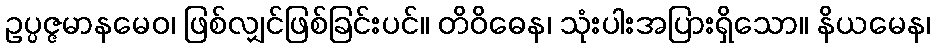
ဥပ္ပဇ္ဇမာနမေဝ၊ ဖြစ်လျှင်ဖြစ်ခြင်းပင်။ တိဝိဓေန၊ သုံးပါးအပြားရှိသော။ နိယမေန၊